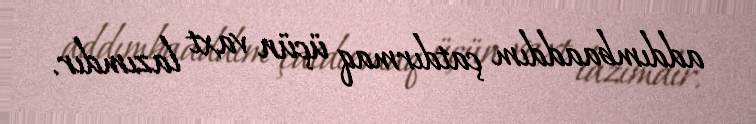
addımbaaddım çatdırmaq üçün vaxt lazımdır.